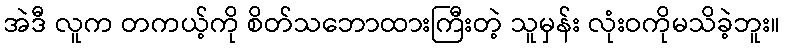
အဲဒီ လူက တကယ့်ကို စိတ်သဘောထားကြီးတဲ့ သူမှန်း လုံးဝကိုမသိခဲ့ဘူး။